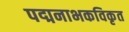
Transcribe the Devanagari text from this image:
पद्मनाभकविकृत